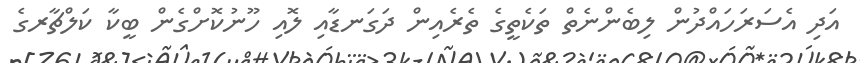
އަދި އެސަރަހައްދުން ލިބެންނެތް ތަކެތީގެ ތެރެއިން ދަގަނޑާއި ލޮއި ހޫނުކޮށްގެން ބީކާ ކަލްޗާރގެ